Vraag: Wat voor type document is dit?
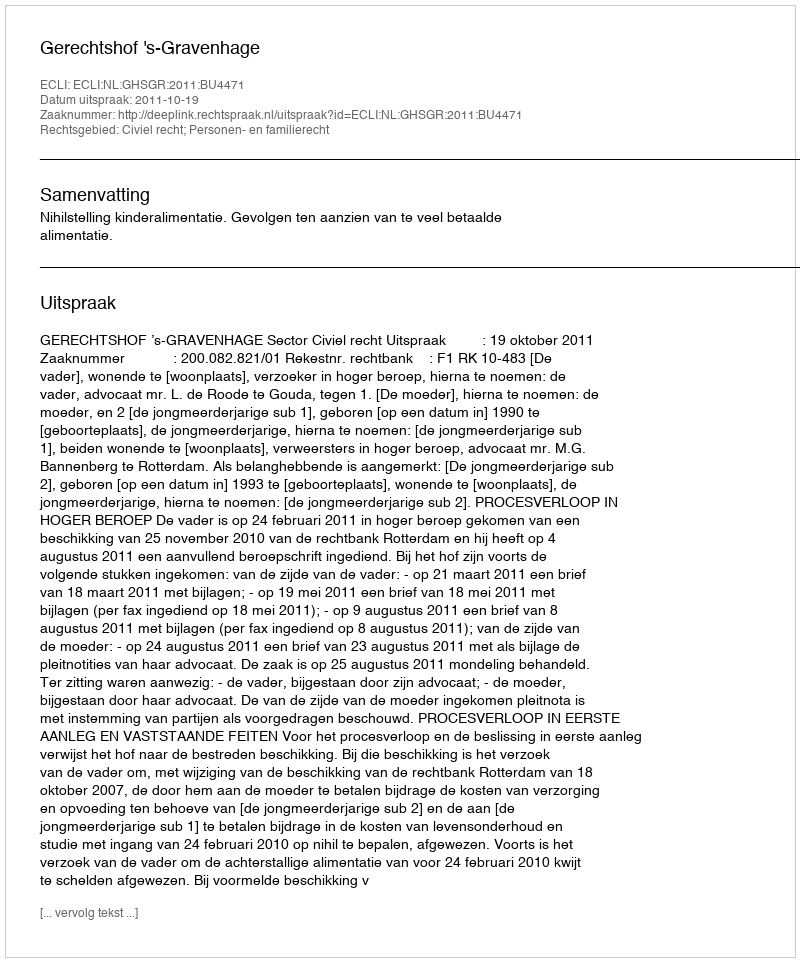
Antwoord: Uitspraak